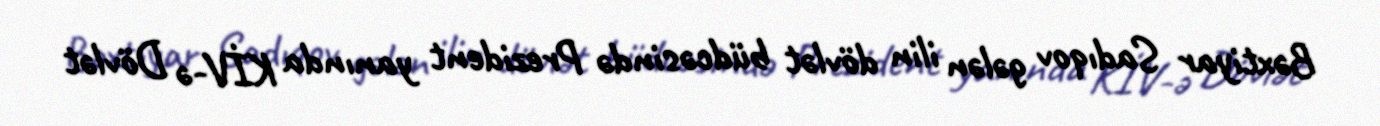
Bəxtiyar Sadıqov gələn ilin dövlət büdcəsində Prezident yanında KİV-ə Dövlət